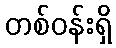
တစ်ဝန်းရှိ